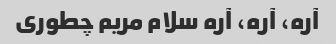
آره، آره، آره سلام مریم چطوری